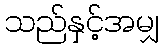
သည်နှင့်အမျှ